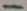
Text: -